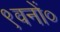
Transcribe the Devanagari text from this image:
९वनों०